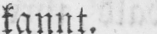
kannt.